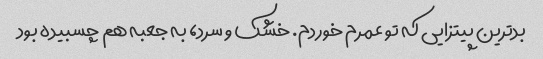
بدترین پیتزایی که تو عمرم خوردم. خشک و سرد، به جعبه هم چسبیده بود